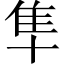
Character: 隼